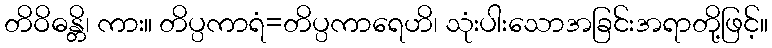
တိဝိဓန္တိ၊ ကား။ တိပ္ပကာရံ=တိပ္ပကာရေဟိ၊ သုံးပါးသောအခြင်းအရာတို့ဖြင့်။